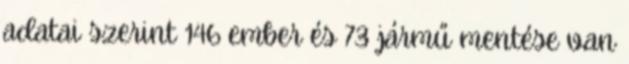
adatai szerint 146 ember és 73 jármű mentése van